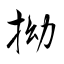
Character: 拗